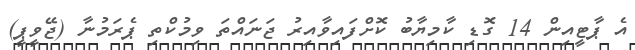
އެ ޕާޓީއިން 14 ގޮޑި ކާމިޔާބު ކޮށްފައިވާއިރު ޖަނައްތަ ވިމުކްތި ޕެރަމުނާ (ޖޭވީޕީ)